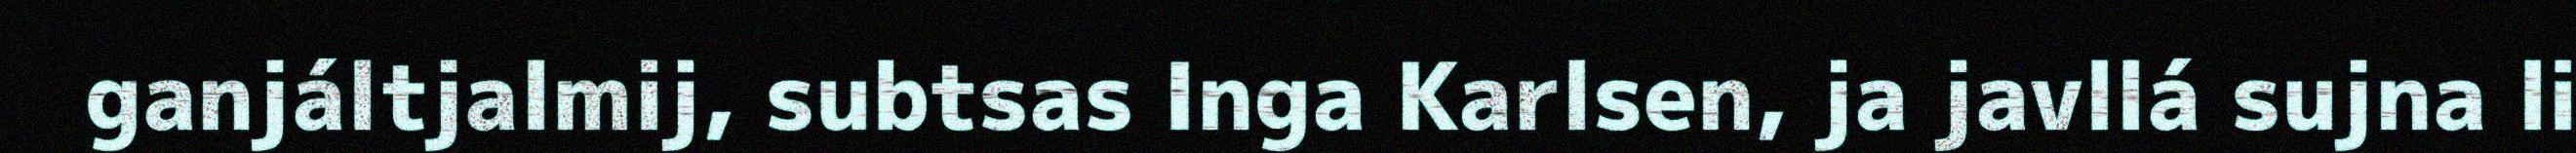
ganjáltjalmij, subtsas Inga Karlsen, ja javllá sujna li